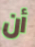
أن